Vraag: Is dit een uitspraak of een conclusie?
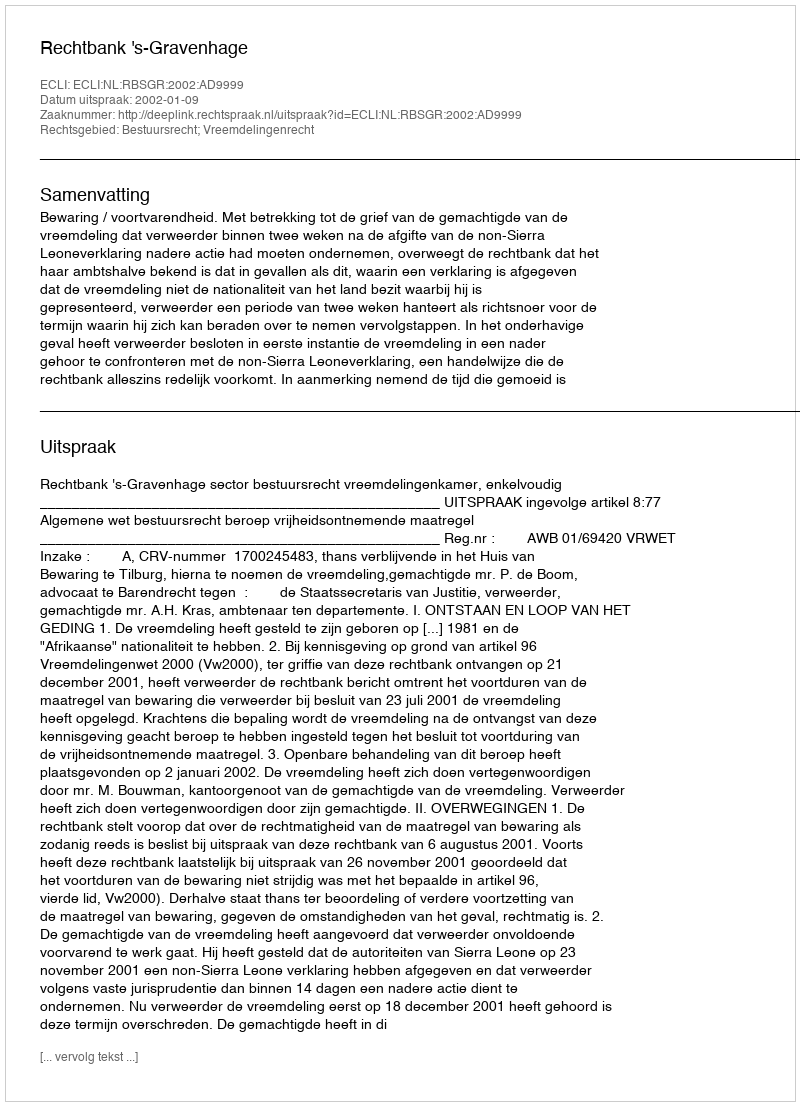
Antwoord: Uitspraak